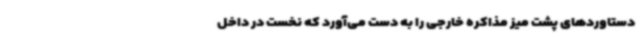
دستاوردهای پشت میز مذاکره خارجی را به دست می‌آورد که نخست در داخل